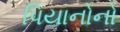
પિયાનોનો